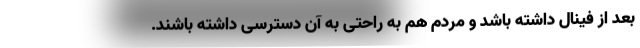
بعد از فینال داشته باشد و مردم هم به راحتی به آن دسترسی داشته باشند.